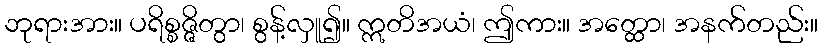
ဘုရားအား။ ပရိစ္စဇ္ဇိတွာ၊ စွန့်လှူ၍။ ဣတိအယံ၊ ဤကား။ အတ္ထော၊ အနက်တည်း။